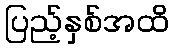
ပြည့်နှစ်အထိ